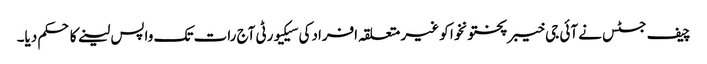
چیف جسٹس نے آئی جی خیبرپختونخوا کو غیر متعلقہ افرادکی سیکیورٹی آج رات تک واپس لینے کا حکم دیا۔